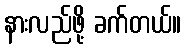
နားလည်ဖို့ ခက်တယ်။